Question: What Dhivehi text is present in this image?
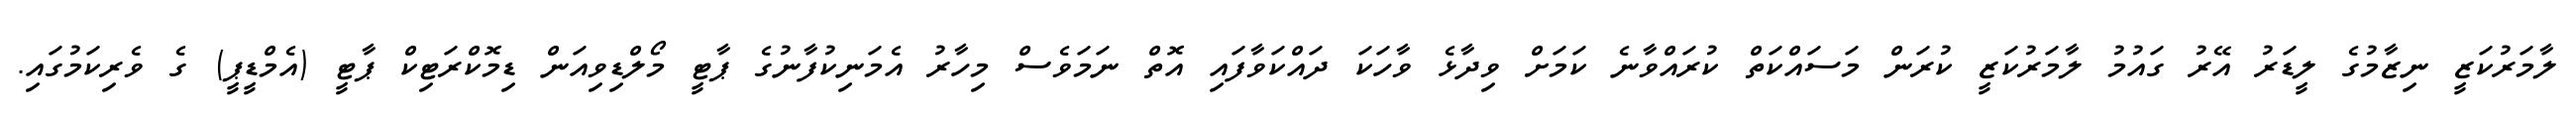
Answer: ލާމަރުކަޒީ ނިޒާމުގެ ލީޑަރު އޭރު ގައުމު ލާމަރުކަޒީ ކުރަން މަސައްކަތް ކުރައްވާނެ ކަމަށް ވިދާޅެ ވާހަކަ ދައްކަވާފައި އޮތް ނަމަވެސް މިހާރު އެމަނިކުފާނުގެ ޕާޓީ މޯލްޑިވިއަން ޑިމޮކްރަޓިކް ޕާޓީ (އެމްޑީޕީ) ގެ ވެރިކަމުގައި.